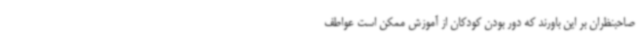
صاحبنظران بر این باورند که دور بودن کودکان از آموزش ممکن است عواطف